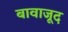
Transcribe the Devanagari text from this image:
बावाजूद